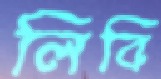
লিবি